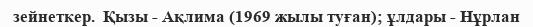
зейнеткер.  Қызы - Ақлима (1969 жылы туған); ұлдары - Нұрлан